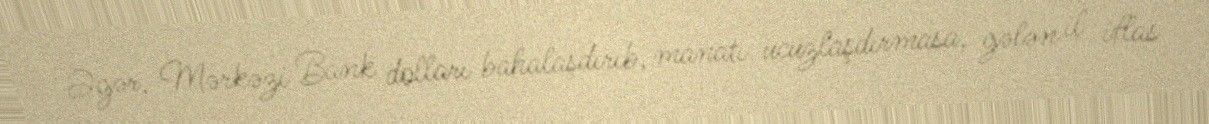
Əgər, Mərkəzi Bank dolları bahalaşdırıb, manatı ucuzlaşdırmasa, gələn il iflas